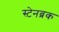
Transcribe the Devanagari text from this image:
स्टेनब्रक